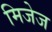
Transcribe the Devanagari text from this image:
मिजेज